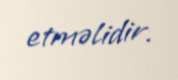
etməlidir.